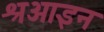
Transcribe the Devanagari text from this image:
श्रआइन